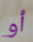
أو